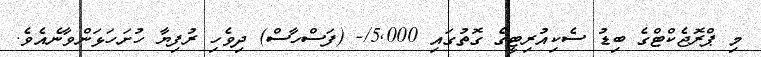
މި ޕްރޮޖެކްޓްގެ ބިޑު ސެކިއުރިޓީގެ ގޮތުގައި 5